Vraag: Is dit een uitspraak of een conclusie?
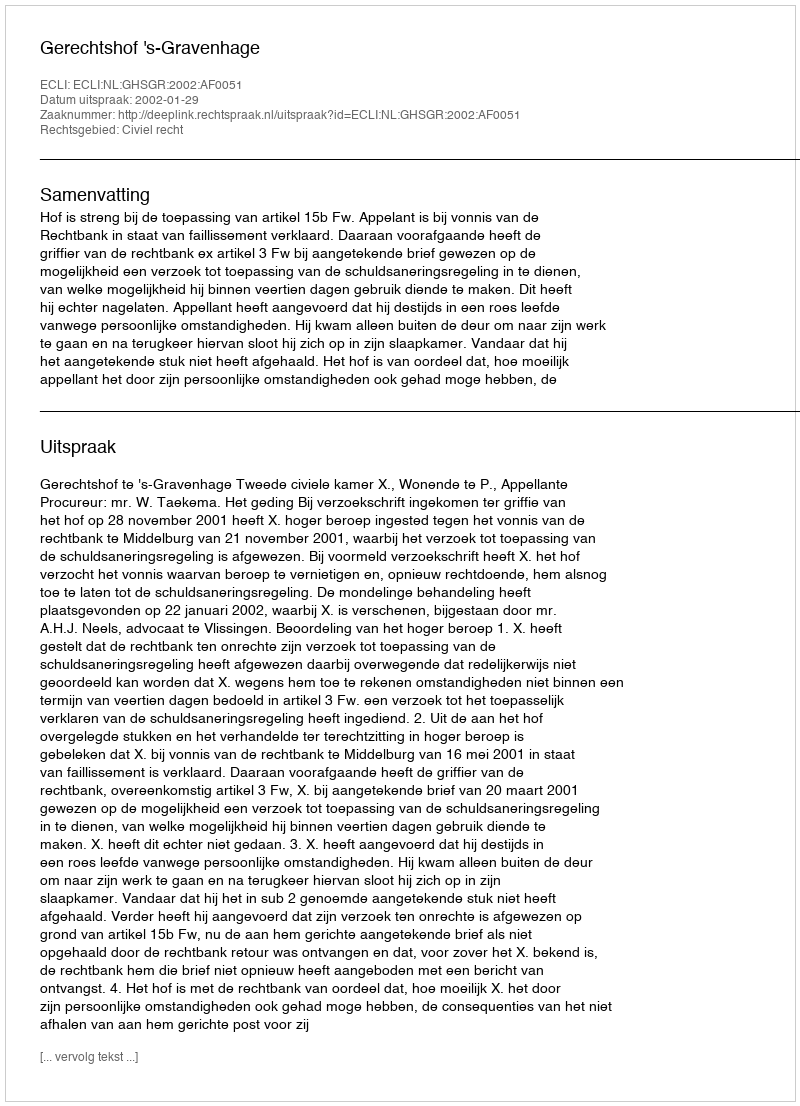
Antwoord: Uitspraak